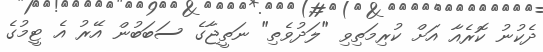
ދެކުނު ކޮރެއާ އަށް ކުރިމަތިވި "ލަދުވެތި" ނަތީޖާގެ ސަބަބުން އޭރު އެ ޓީމުގެ